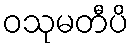
ဝသုမတီပိ